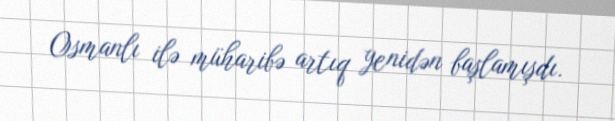
Osmanlı ilə müharibə artıq yenidən başlamışdı.